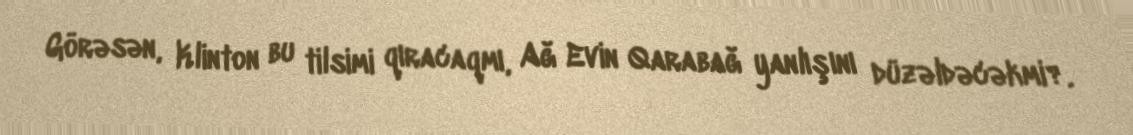
Görəsən, Klinton bu tilsimi qıracaqmı, Ağ Evin Qarabağ yanlışını düzəldəcəkmi?.